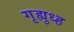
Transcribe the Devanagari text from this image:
गृह्युध्ह